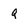
Character: q